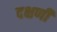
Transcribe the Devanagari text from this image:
दक्षणी